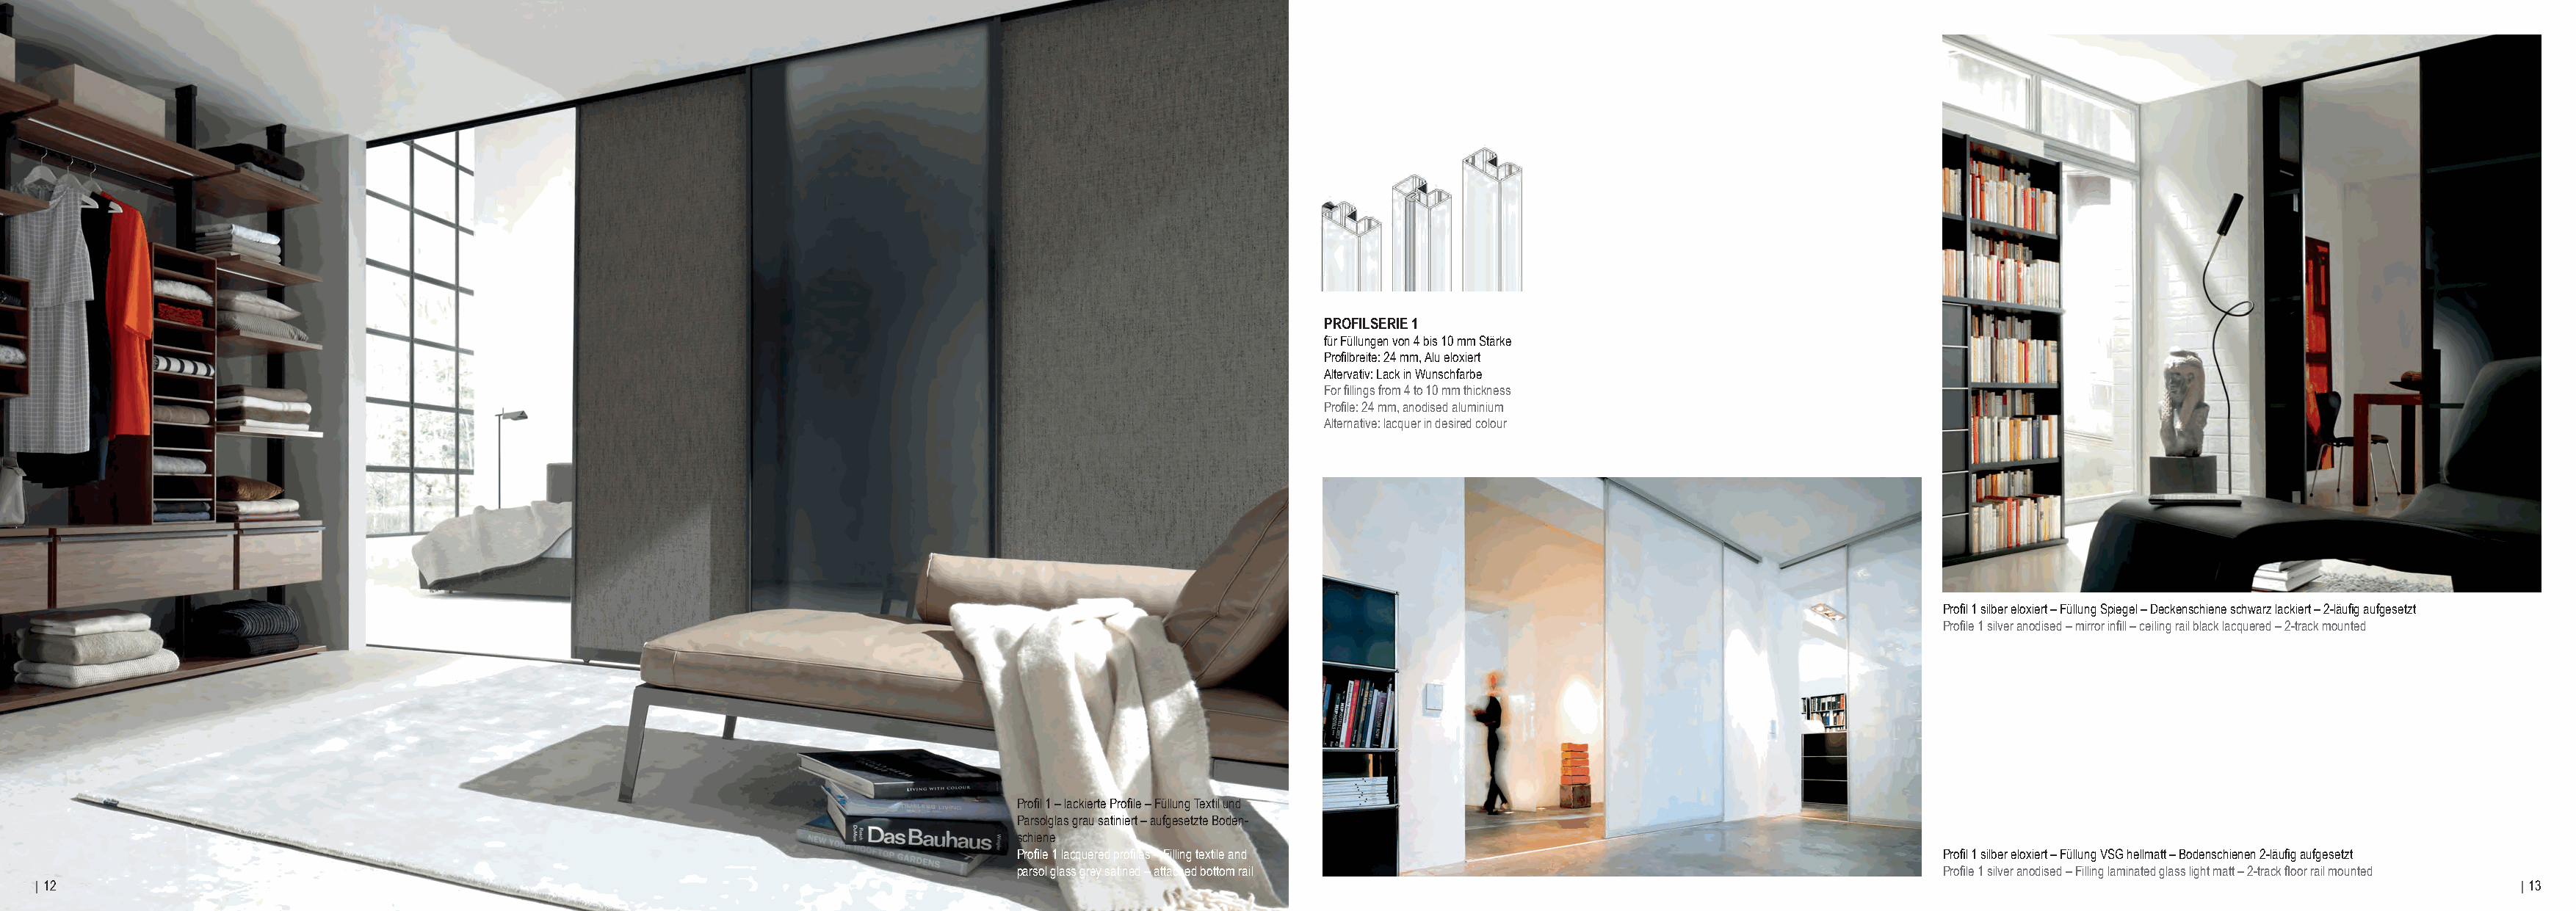
PROFILSERIE 1
 für Füllungen von 4 bis 10 mm Stärke
 Profilbreite: 24 mm, Alu eloxiert
 Altervativ: Lack in Wunschfarbe
 For fillings from 4 to 10 mm thickness
 Profile: 24 mm, anodised aluminium
 Alternative: lacquer in desired colour
 Profil 1 silber eloxiert – Füllung Spiegel – Deckenschiene schwarz lackiert – 2-läufig aufgesetzt
 Profile 1 silver anodised – mirror infill – ceiling rail black lacquered – 2-track mounted
 Profil 1 – lackierte Profile – Füllung Textil und
 Parsolglas grau satiniert – aufgesetzte Boden-
 schiene
 Profile 1 lacquered profiles – Filling textile and                                 Profil 1 silber eloxiert – Füllung VSG hellmatt – Bodenschienen 2-läufig aufgesetzt
 parsol glass grey satined – attached bottom rail                                   Profile 1 silver anodised – Filling laminated glass light matt – 2-track floor rail mounted
 | 12                                                                                                                                                                                                                            | 13